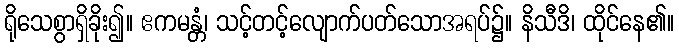
ရိုသေစွာရှိခိုး၍။ ဧကမန္တံ၊ သင့်တင့်လျောက်ပတ်သောအရပ်၌။ နိသီဒိ၊ ထိုင်နေ၏။